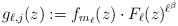
LaTeX: \begin{align*}g_{\ell,j}(z):=f_{m_\ell}(z)\cdot F_{\ell}(z)^{\ell^\beta}\end{align*}